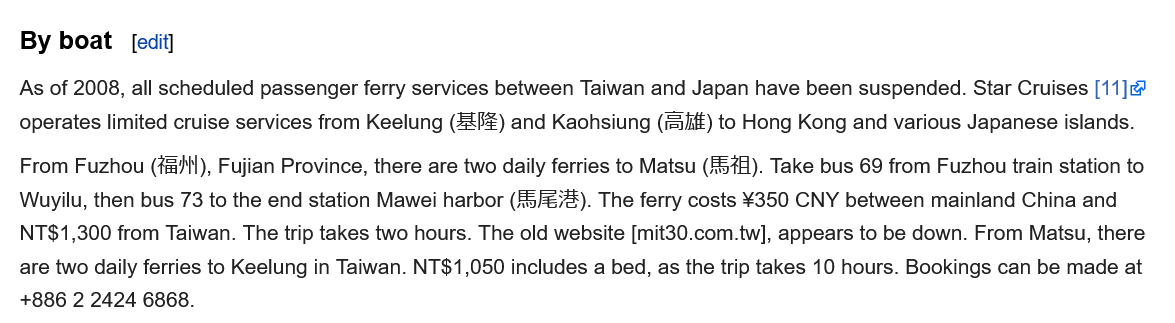
By  boat
  As of 2008, all scheduled passenger ferry services between Taiwan and Japan have been suspended. Star Cruises [11]
  operates limited cruise services from Keelung (82) and Kaohsiung (Sift) to Hong Kong and various Japanese islands.
  From Fuzhou (frail), Fujian Province, there are two daily ferries to Matsu (tH). Take bus 69 from Fuzhou train station to
  Wuyilu, then bus 73 to the end station Mawei harbor (5/4). The ferry costs ¥350 CNY between mainland China and
  NT$1,300 from Taiwan. The trip takes two hours. The old website [mit30.com.tw], appears to be down. From Matsu, there
  are two daily ferries to Keelung in Taiwan. NT$1,050 includes a bed, as the trip takes 10 hours. Bookings can be made at
  +886 2 2424 6868.
     [edit]